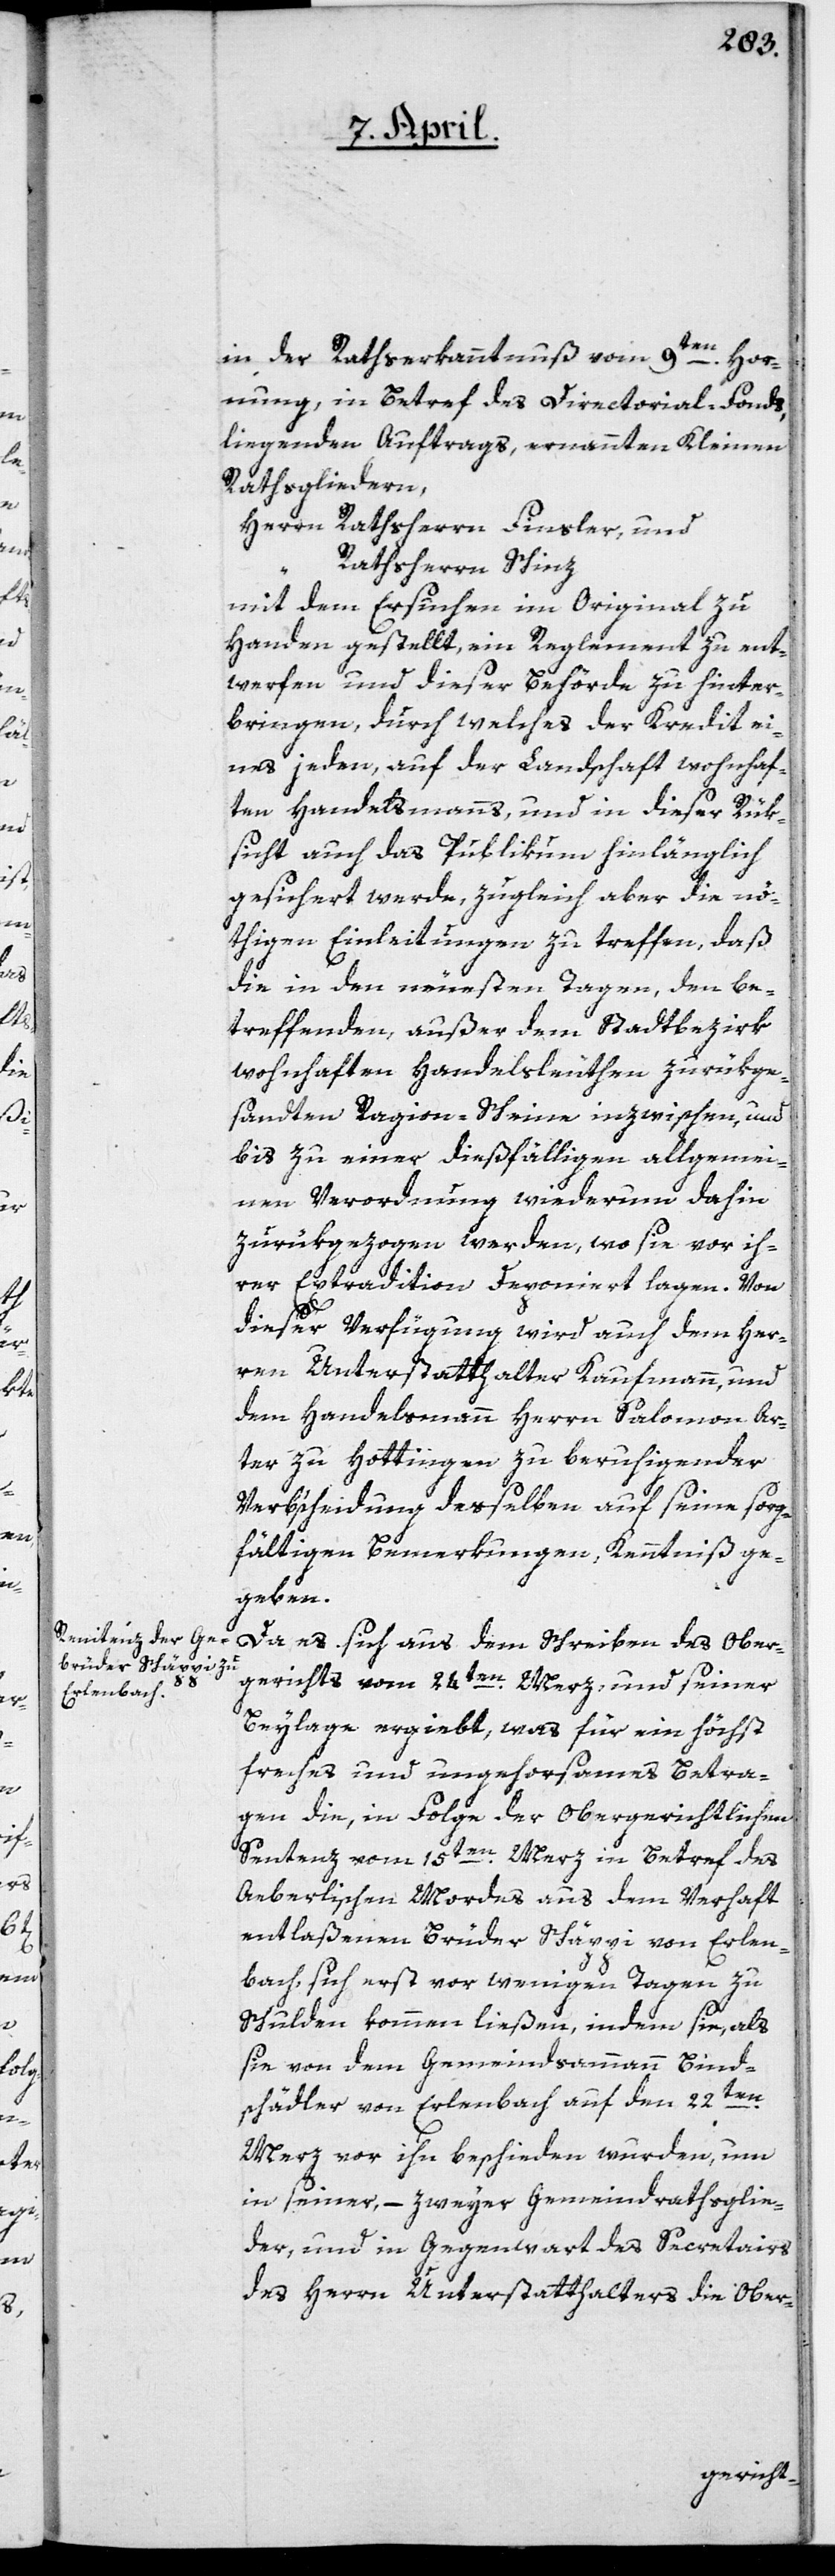
in der Rathserkanntnuß vom 9ten Hor¬
nung, in Betref des Directorial-Fonds
liegenden Auftrags, ernennten Kleinen
Rathsgliedern,
Herrn Rathsherr Finsler, und
Rathsherrn Schinz
mit dem Ersuchen im Original zu
Handen gestellt, ein Reglement zu ent¬
werfen und dieser Behörde zu hinter¬
bringen, durch welches der Kredit ei¬
nes jeden, auf der Landschaft wohnhaf¬
ten Handelsmanns, und in dieser Rük¬
sicht auch das Publikum hinlänglich
gesichert werde, zugleich aber die nö¬
thigen Einleitungen zu treffen, daß
die in den neueßten Tagen, den be¬
treffenden, außer dem Stadtbezirk
wohnhaften Handelsleuthen zurükge¬
sandten Ragion-Scheine inzwischen, und
bis zu einer dießfälligen allgemei¬
nen Verordnung wiederum dahin
zurükgezogen werden, wo sie vor ih¬
rer Extradition deponiert lagen. Von
dieser Verfügung wird auch dem Her¬
ren Unterstatthalter Kaufmann und
dem Handelsmann Herrn Salomon Ar¬
ter zu Hottingen zu beruhigender
Verb’scheidung derselben auf seine sorg¬
fältigen Bemerkungen, Kenntniß ge¬
geben.
Da es sich aus dem Schreiben des Ober¬
berichts vom 24ten Merz, und seiner
Beylage ergiebt, was für ein höchst
freches und ungehorsames Betra¬
gen die, in Folge der obergerichtlichen
Sentenz vom 15ten Merz in Betref des
Aeberlischen Mordes aus dem Verhaft
entlaßenen Brüder Schäppi von Erlen¬
bach sich erst vor wenigen Tagen zu
Schulden kommen ließen, indem sie, als
sie von dem Gemeindsammann Binds¬
chädler von Erlenbach auf den 22ten
Merz vor ihn beschieden wurden, um
in seiner, – zweyer Gemeindrathsglie¬
der, und in Gegenwart des Secretairs
des Herrn Unterstatthalters die Ober-